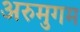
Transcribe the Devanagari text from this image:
अरुमुगम